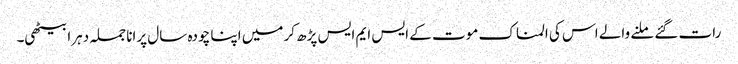
رات گئے ملنے والے اس کی المناک موت کے ایس ایم ایس پڑھ کر میں اپنا چودہ سال پرانا جملہ دہرا بیٹھی۔